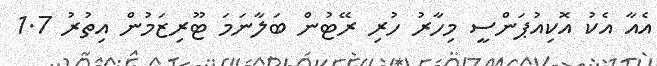
އެއާ އެކު އޮކިއުޕަންސީ މިހާރު ހުރި ރޭޓުން ބަލާނަމަ ޓޫރިޒަމުން އިތުރު 1.7